Annual administration report of the Civil Veterinary Department, Sind - 1938-1939
Year: 1938
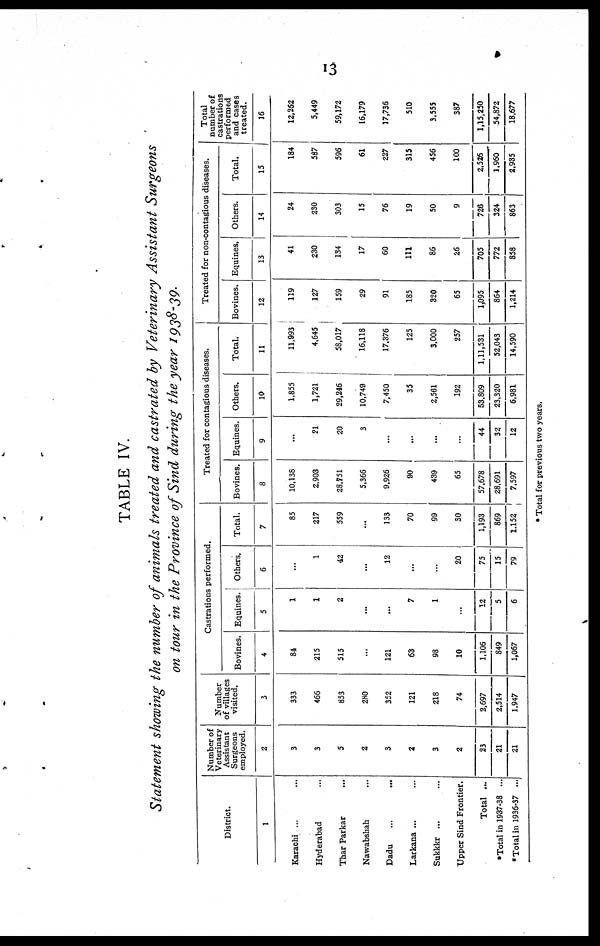
13
TABLE IV.
Statement showing the number of animals treated and castrated by Veterinary Assistant Surgeons
on tour in the Province of Sind during the year 1938-39.
District.
1
Karachi ... ...
Hyderabad ...
Thar Parkar ...
Nawabshah ...
Dadu ... ...
Larkana ...
Sukkkr ... ...
Upper Sind Frontier.
Total ...
*Total in 1937-38 ...
* Total in 1936-37 ...
Number of
Veterinary
Assistant
Surgeons
employed.
2
3
3
5
2
3
2
3
2
23
21
21
Number
of villages
visited.
3
333
466
853
280
352
121
218
74
2,697
2,514
1.947
Castrations performed.
Bovines.
4
84
215
515
...
121
63
98
10
1.106
849
1,067
Equines.
5
1
1
2
...
...
7
1
...
12
5
6
Others,
6
...
1
42
...
12
...
...
20
75
15
79
Total.
7
85
217
559
...
133
70
99
30
1,193
869
1.152
Treated for contagious diseases.
Bovines.
8
10,138
2,903
28,751
5,366
9,926
90
439
65
57,678
28,691
7,597
Equines.
9
...
21
20
3
...
...
...
...
44
32
12
Others.
10
1,855
1,721
29,246
10,749
7,450
35
2,561
192
53.809
23,320
6,981
Total.
11
11,993
4,645
58,017
16,118
17,376
125
3,000
257
1,11,531
52,043
14,590
Treated for non-contagious diseases.
Bovines.
12
119
127
159
29
91
185
320
65
1,095
864
1,214
Equines,
13
41
230
134
17
60
111
86
26
705
772
858
Others.
14
24
230
303
15
76
19
50
9
726
324
863
Total.
15
184
587
596
61
227
315
456
100
2.526
1,960
2,935
Total
number of
castrations
performed
and cases
treated.
16
12,262
5,449
59,172
16,179
17,736
510
3,555
387
1,15,250
54,872
18,677
* Total for previous two years.